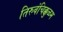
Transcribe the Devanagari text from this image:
तिरुवंचिक्कुळम